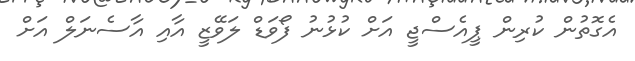
އެގޮތުން ކުރިން ޕީއެސްޖީ އަށް ކުޅުނު ފޯވަޑް ލަވޭޒީ އާއި އާސެނަލް އަށް